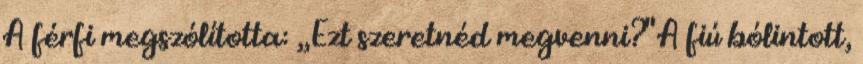
A férfi megszólította: ,,Ezt szeretnéd megvenni?" A fiú bólintott,